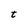
Character: t